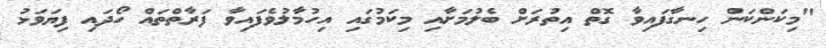
"މިކަންކަން ހިނގާފައިވާ ގޮތް އިތުރަށް ބެލުމަށާއި މިކަމުގައި އިހުމާލުވެފައިވާ ފަރާތްތައް ހޯދައި ފިޔަވަޅު